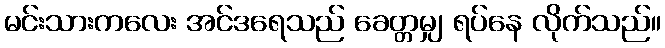
မင်းသားကလေး အင်ဒရေသည် ခေတ္တမျှ ရပ်နေ လိုက်သည်။